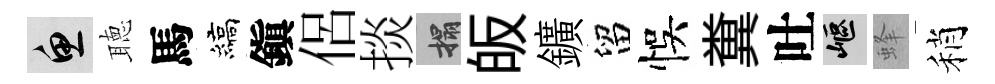
魚聴馬縞鎭侶掞搨皈鑛留悞糞吐嶇蜂稍